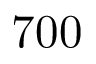
7 0 0